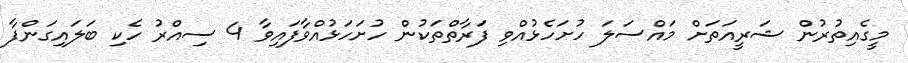
މީގެއިތުރުން ޝަރީއަތަށް މައްސަލަ ހުށަހެޅުއްވި ފަރާތްތަކުން ހުށަހަޅުއްވާފައިވާ 4 ސިއްރު ހެކި ބަލައިގަންފާ